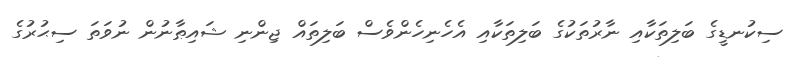
ސިކުނޑީގެ ބަލިތަކާއި ނާރުތަކުގެ ބަލިތަކާއި އެހެނިހެންވެސް ބަލިތައް ޖިންނި ޝައިޠާނުން ނުވަތަ ސިޙުރުގެ